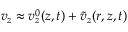
v _ { z } \approx v _ { z } ^ { 0 } ( z , t ) + \tilde { v } _ { z } ( r , z , t )